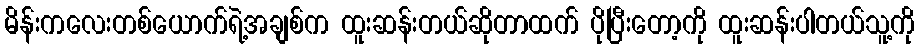
မိန်းကလေးတစ်ယောက်ရဲ့အချစ်က ထူးဆန်းတယ်ဆိုတာထက် ပိုပြီးတော့ကို ထူးဆန်းပါတယ်သူ့ကို